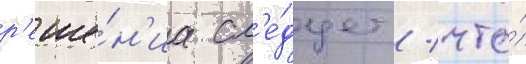
р'еше́н'иа сл'е́дует / что́